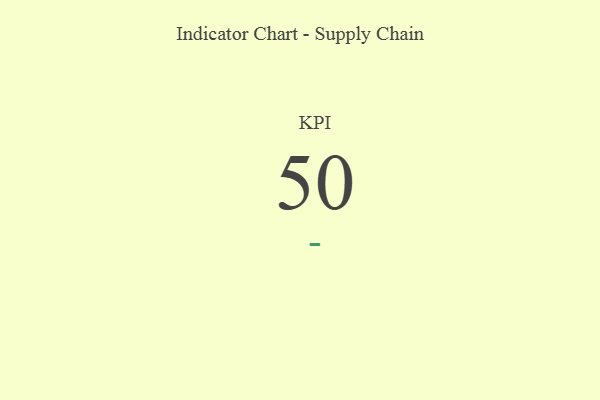
{"axis": {"x": "KPI", "y": "Value"}, "legend": [""], "data": [{"x": "KPI", "y": 50, "type": ""}]}